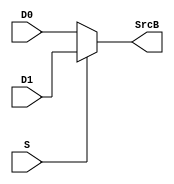
module MuxULASrc(input [7:0]D1, D0, input S, 
					  output reg[7:0] SrcB);	
	always @*begin
		if(S == 0) begin
			SrcB = D0;
		end	
		else	
			SrcB = D1; 
	end
endmodule